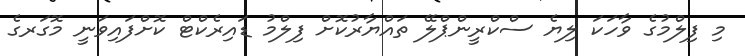
މި ފިލްމުގެ ވާހަކަ ލިޔެ ސްކްރީންޕްލޭ ތައްޔާރުކޮށް ފިލްމު ޑައިރެކްޓް ކޮށްފައިވަނީ މޮގަރގެ